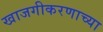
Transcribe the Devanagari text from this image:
खाजगीकरणाच्या